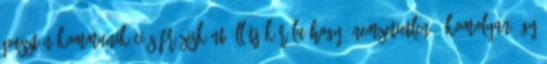
pusztán kommunikációs frázisként állítják róla hogy „nemzetietlen”. Komolyan úgy